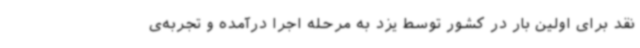
نقد برای اولین بار در کشور توسط یزد به مرحله اجرا درآمده و تجربه‌ی